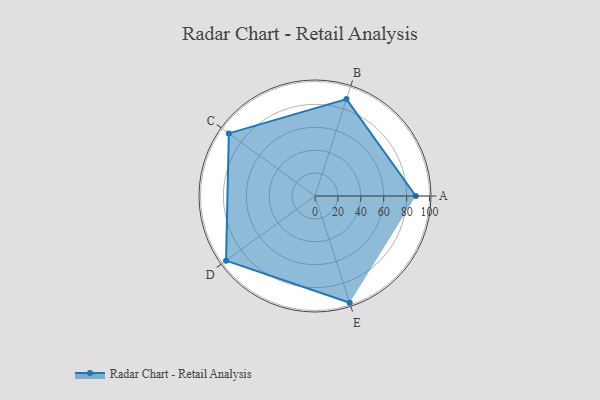
{"axis": {"x": "Skill", "y": "Score"}, "legend": ["Profile"], "data": [{"x": "A", "y": 88.0, "type": "Profile"}, {"x": "B", "y": 89.0, "type": "Profile"}, {"x": "C", "y": 93.0, "type": "Profile"}, {"x": "D", "y": 96.0, "type": "Profile"}, {"x": "E", "y": 98.0, "type": "Profile"}]}